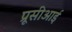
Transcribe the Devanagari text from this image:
प्रूसीआई